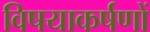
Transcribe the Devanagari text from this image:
विषयाकर्षणों